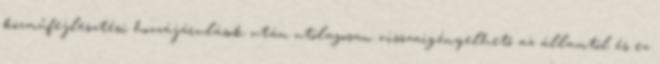
közműfejlesztési hozzájárulások után utólagosan visszaigényelhető az államtól és ez